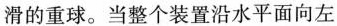
滑的重球。当整个装置沿水平面向左